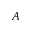
A